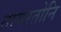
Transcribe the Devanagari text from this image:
तामरतोनि